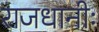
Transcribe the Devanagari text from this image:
राजधानीः